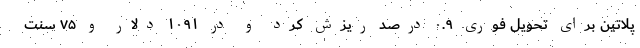
پلاتین برای تحویل فوری ۰.۹ درصد ریزش کرد و در ۱۰۹۱ دلار و ۷۵ سنت